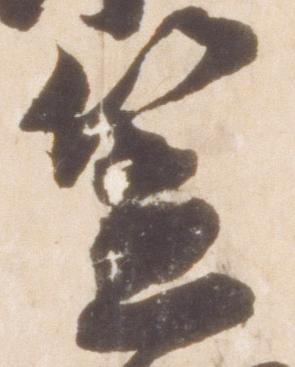
笠